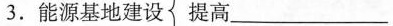
3.能源基地建设 提高___